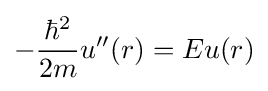
-{\frac {\hbar ^{2}}{2m}}u''(r)=Eu(r)